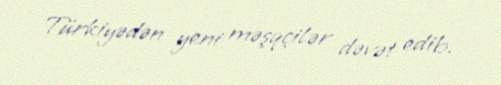
Türkiyədən yeni məşqçilər dəvət edib.